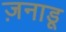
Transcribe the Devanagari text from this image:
ज़नाडू